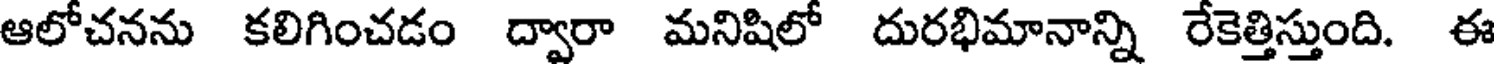
ఆలోచనను కలిగించడం ద్వారా మనిషిలో దురభిమానాన్ని రేకెత్తిస్తుంది. ఈ